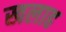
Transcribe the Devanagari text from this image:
खलाह